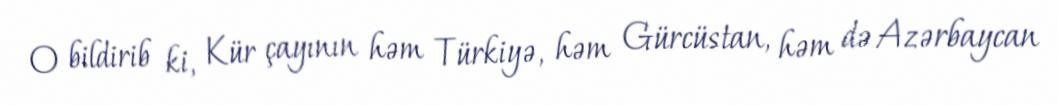
O bildirib ki, Kür çayının həm Türkiyə, həm Gürcüstan, həm də Azərbaycan